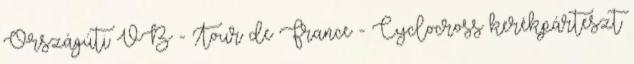
Országúti VB - Tour de France - Cyclocross kerékpárteszt